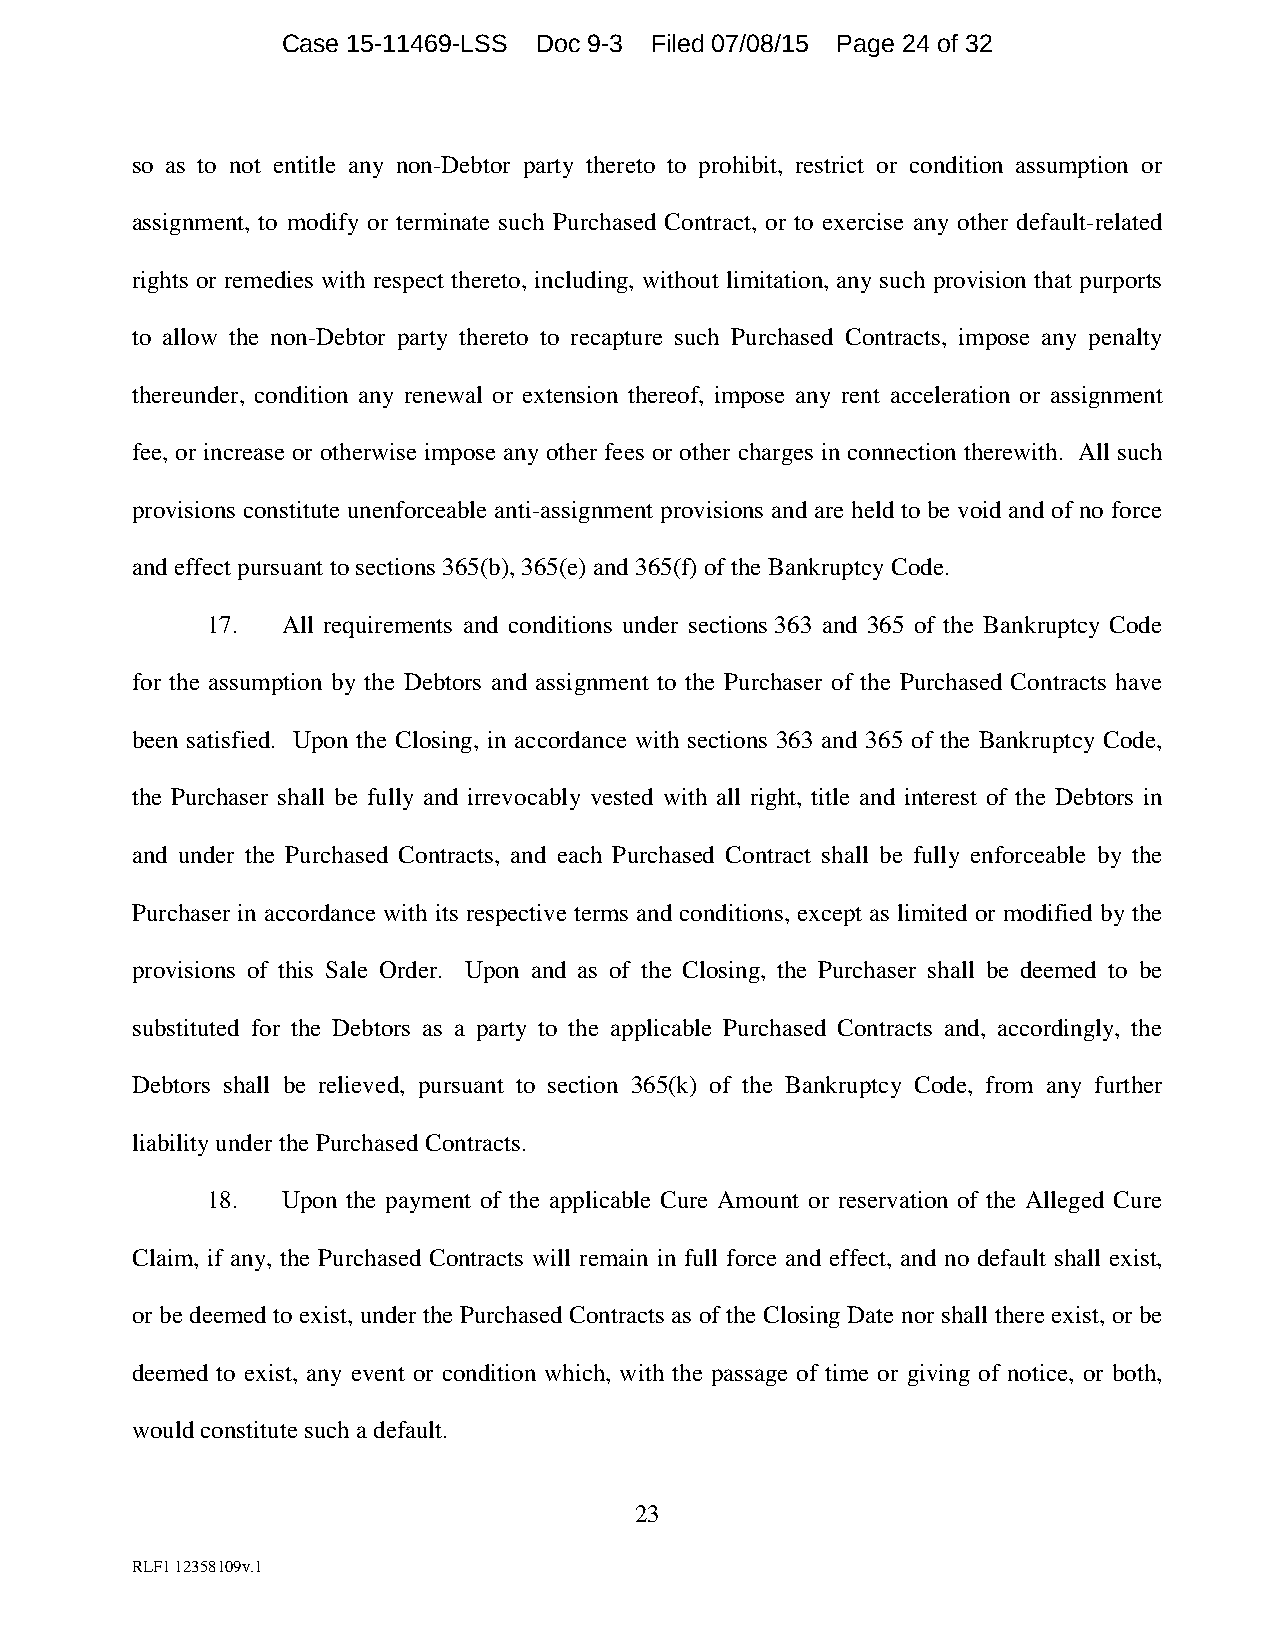
Case 15-11469-LSS Doc 9-3 Filed 07/08/15 Page 24 of 32
 so as to not entitle any non-Debtor party thereto to prohibit, restrict or condition assumption or
 assignment, to modify or terminate such Purchased Contract, or to exercise any other default-related
 rights or remedies with respect thereto, including, without limitation, any such provision that purports
 to allow the non-Debtor party thereto to recapture such Purchased Contracts, impose any penalty
 thereunder, condition any renewal or extension thereof, impose any rent acceleration or assignment
 fee, or increase or otherwise impose any other fees or other charges in connection therewith. All such
 provisions constitute unenforceable anti-assignment provisions and are held to be void and of no force
 and effect pursuant to sections 365(b), 365(e) and 365(f) of the Bankruptcy Code.
 17.  All requirements and conditions under sections 363 and 365 of the Bankruptcy Code
 for the assumption by the Debtors and assignment to the Purchaser of the Purchased Contracts have
 been satisfied. Upon the Closing, in accordance with sections 363 and 365 of the Bankruptcy Code,
 the Purchaser shall be fully and irrevocably vested with all right, title and interest of the Debtors in
 and under the Purchased Contracts, and each Purchased Contract shall be fully enforceable by the
 Purchaser in accordance with its respective terms and conditions, except as limited or modified by the
 provisions of this Sale Order. Upon and as of the Closing, the Purchaser shall be deemed to be
 substituted for the Debtors as a party to the applicable Purchased Contracts and, accordingly, the
 Debtors shall be relieved, pursuant to section 365(k) of the Bankruptcy Code, from any further
 liability under the Purchased Contracts.
 18.  Upon the payment of the applicable Cure Amount or reservation of the Alleged Cure
 Claim, if any, the Purchased Contracts will remain in full force and effect, and no default shall exist,
 or be deemed to exist, under the Purchased Contracts as of the Closing Date nor shall there exist, or be
 deemed to exist, any event or condition which, with the passage of time or giving of notice, or both,
 would constitute such a default.
 23
 RLF1 12358109v.1